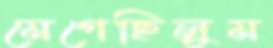
মেগেছিলুম